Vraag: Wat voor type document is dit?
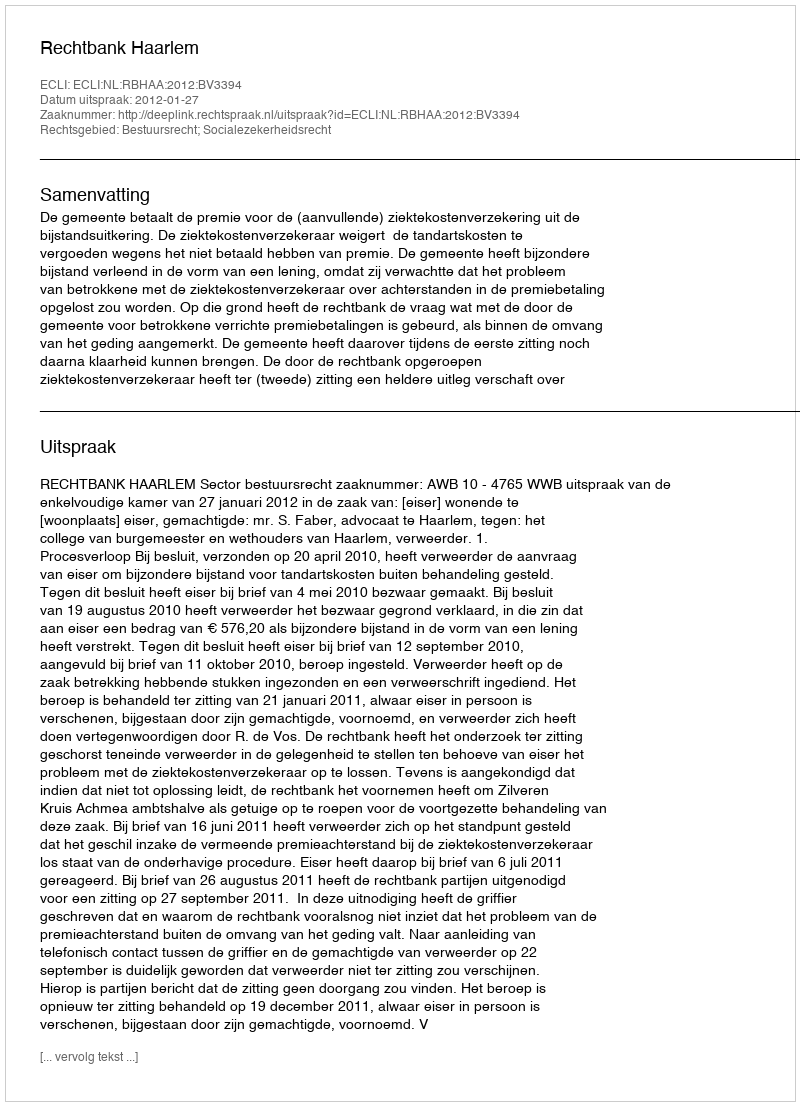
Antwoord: Uitspraak